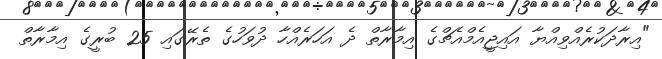
"އިރާދަކުރެއްވިއްޔާ އައިޖީއެމްއެޗްގެ އިމާރާތް ދެ އަހަރެއްހާ ދުވަހުގެ ތެރޭގައި 25 ބުރީގެ އިމާރާތް